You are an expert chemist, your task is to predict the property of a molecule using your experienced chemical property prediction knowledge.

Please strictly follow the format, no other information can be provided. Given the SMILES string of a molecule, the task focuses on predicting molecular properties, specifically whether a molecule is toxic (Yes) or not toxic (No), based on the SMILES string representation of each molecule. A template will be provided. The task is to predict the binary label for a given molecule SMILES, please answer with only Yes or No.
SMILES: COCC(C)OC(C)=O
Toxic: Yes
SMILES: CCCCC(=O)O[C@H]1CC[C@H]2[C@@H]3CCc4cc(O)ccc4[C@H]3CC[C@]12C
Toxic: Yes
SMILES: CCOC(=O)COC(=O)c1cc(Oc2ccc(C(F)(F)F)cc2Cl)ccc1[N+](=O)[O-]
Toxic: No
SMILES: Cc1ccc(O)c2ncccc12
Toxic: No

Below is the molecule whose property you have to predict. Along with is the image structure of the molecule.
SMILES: CCN(C(=O)N(CC)c1ccccc1)c1ccccc1
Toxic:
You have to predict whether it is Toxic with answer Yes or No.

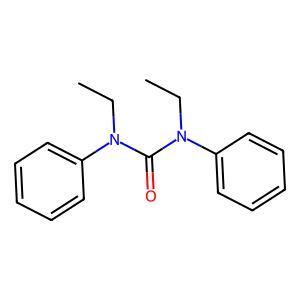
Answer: No